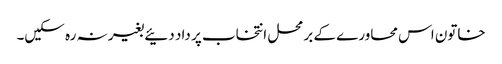
خاتون اس محاورے کے برمحل انتخاب پر داد دئیے بغیر نہ رہ سکیں۔